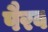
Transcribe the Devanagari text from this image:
पैरव